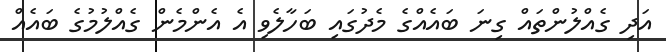
އަދި ގެއްލުންތައް ގިނަ ބައެއްގެ މެދުގައި ބަހާލެވި އެ އެންމެން ގެއްލުމުގެ ބައެއް